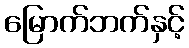
မြောက်ဘက်နှင့်